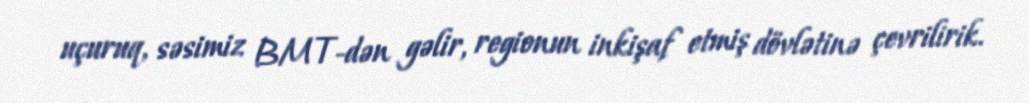
uçuruq, səsimiz BMT-dən gəlir, regionun inkişaf etmiş dövlətinə çevrilirik.